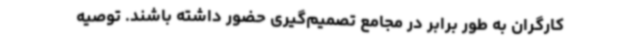
کارگران به طور برابر در مجامع تصمیم‌گیری حضور داشته باشند. توصیه‌